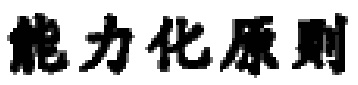
能力化原则